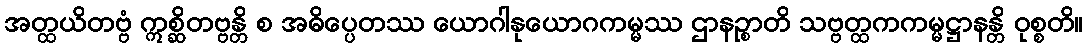
အတ္ထယိတဗ္ဗံ ဣစ္ဆိတဗ္ဗန္တိ စ အဓိပ္ပေတဿ ယောဂါနုယောဂကမ္မဿ ဌာနဉ္စာတိ သဗ္ဗတ္ထကကမ္မဋ္ဌာနန္တိ ဝုစ္စတိ။